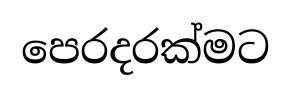
පෙරදරක්මට